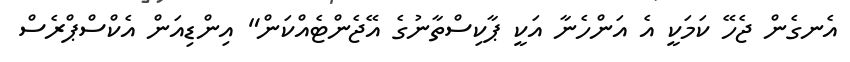
އެނގެން ޖެހޭ ކަމަކީ އެ އަންހެނާ އަކީ ޕާކިސްތާނުގެ އޭޖެންޓެއްކަން" އިންޑިއަން އެކްސްޕްރެސް